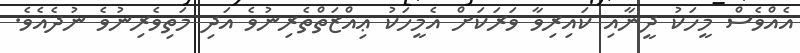
އެއްވެސް މީހަކު ދީނާއި ކައިރިވާ ވަރަކަށް އެމީހަކު ޢިއްޒަތްތެރިނުވެ އަދި މަތިވެރިނުވެ ނުދެއެވެ.